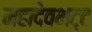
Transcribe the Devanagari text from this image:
महादेवभट्ट